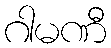
ဂါမဏီ